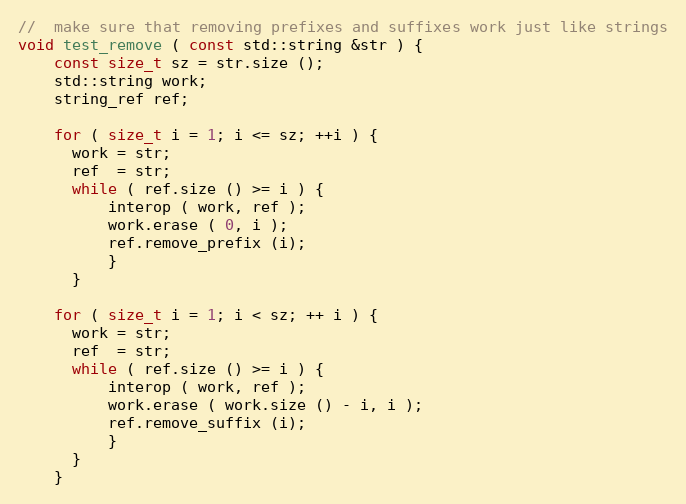
Language: C++
//  make sure that removing prefixes and suffixes work just like strings
void test_remove ( const std::string &str ) {
    const size_t sz = str.size ();
    std::string work;
    string_ref ref;

    for ( size_t i = 1; i <= sz; ++i ) {
      work = str;
      ref  = str;
      while ( ref.size () >= i ) {
          interop ( work, ref );
          work.erase ( 0, i );
          ref.remove_prefix (i);
          }
      }

    for ( size_t i = 1; i < sz; ++ i ) {
      work = str;
      ref  = str;
      while ( ref.size () >= i ) {
          interop ( work, ref );
          work.erase ( work.size () - i, i );
          ref.remove_suffix (i);
          }
      }
    }